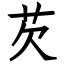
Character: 芡